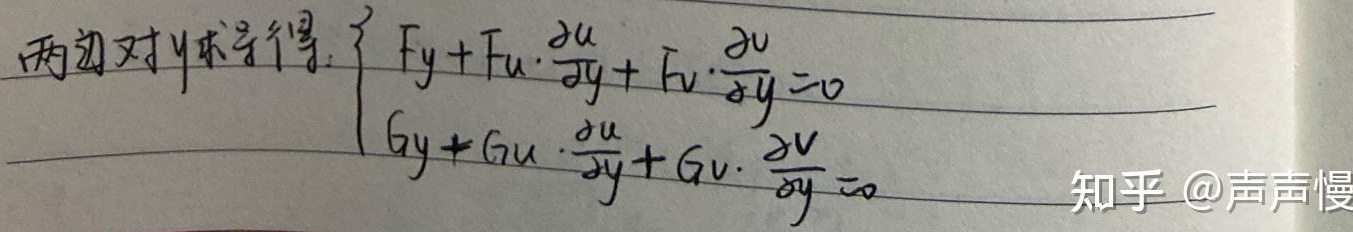
两边对$y$求导得：
\[\begin{cases}
F_y + F_u\cdot\frac{\partial u}{\partial y}+F_v\cdot\frac{\partial v}{\partial y}=0\\
G_y + G_u\cdot\frac{\partial u}{\partial y}+G_v\cdot\frac{\partial v}{\partial y}=0
\end{cases}\]
知乎 @声声慢